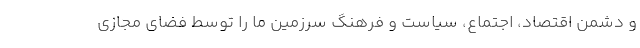
و دشمن اقتصاد، اجتماع، سیاست و فرهنگ سرزمین ما را توسط فضای مجازی